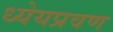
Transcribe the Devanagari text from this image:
ध्येयप्रवण